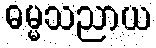
ဓမ္မသညာယ